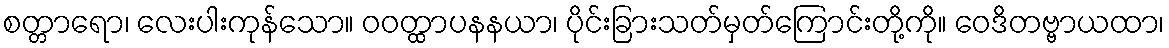
စတ္တာရော၊ လေးပါးကုန်သော။ ဝဝတ္ထာပနနယာ၊ ပိုင်းခြားသတ်မှတ်ကြောင်းတို့ကို။ ဝေဒိတဗ္ဗာယထာ၊